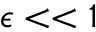
\epsilon < < 1